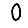
Digit: 0